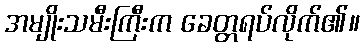
အမျိုးသမီးကြီးက ခေတ္တရပ်လိုက်၏။